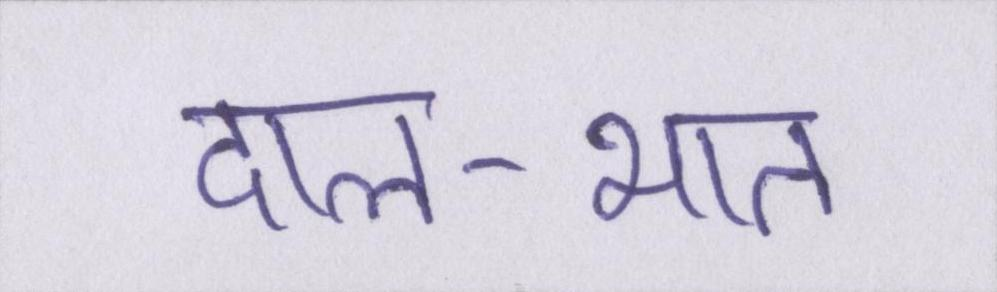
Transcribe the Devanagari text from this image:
दाल-भात